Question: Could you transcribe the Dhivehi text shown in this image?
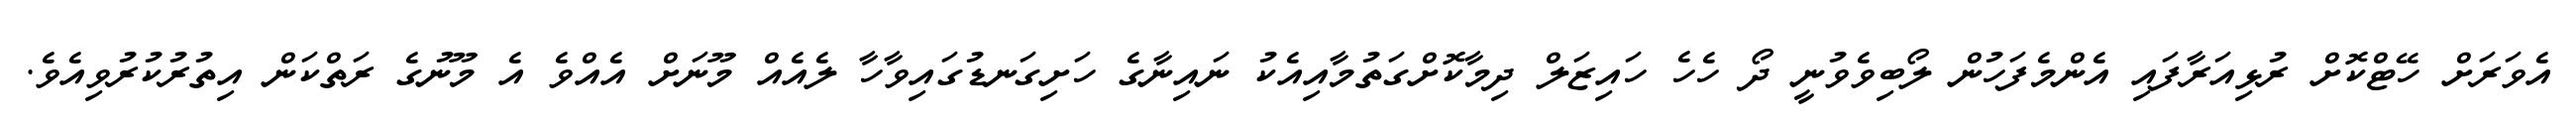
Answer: އެވަރަށް ހޭޓްކޮށް ރުޅިއަރާފައި އެންމެފަހުން ލޯބިވެވުނީ ދޯ ހެހެ ހައިޒަލް ދިމާކޮށްގަތުމާއިއެކު ނައިނާގެ ހަށިގަނޑުގައިވާހާ ލެއެއް މޫނަށް އެއްވެ އެ މޫނުގެ ރަތްކަން އިތުރުކުރުވިއެވެ.